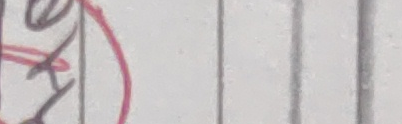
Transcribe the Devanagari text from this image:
छ ।